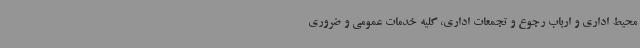
محیط اداری و ارباب رجوع و تجمعات اداری، کلیه خدمات عمومی و ضروری